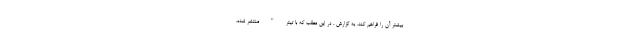
بیشتر آن را فراهم کند. به گزارش ، در این مطلب که با تیتر " منتشر شده،